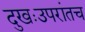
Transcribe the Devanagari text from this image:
दुखःउपरांतच